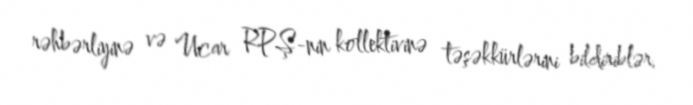
rəhbərliyinə və Ucar RPŞ-nin kollektivinə təşəkkürlərini bildiriblər.